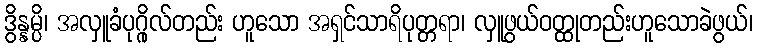
ဒွိန္နမ္ပိ၊ အလှူခံပုဂ္ဂိုလ်တည်း ဟူသော အရှင်သာရိပုတ္တရာ၊ လှူဖွယ်ဝတ္ထုတည်းဟူသောခဲဖွယ်၊